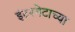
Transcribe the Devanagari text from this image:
इंटरनेटाच्या